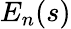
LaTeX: E_{n}(s)